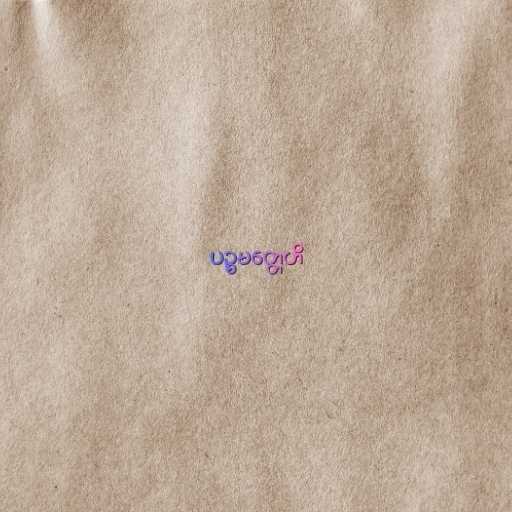
ပဉ္စမတ္တေဟိ